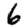
Digit: 6